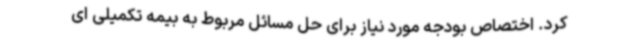
کرد. اختصاص بودجه مورد نیاز برای حل مسائل مربوط به بیمه تکمیلی ای